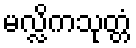
မလ္လိကသုတ္တံ